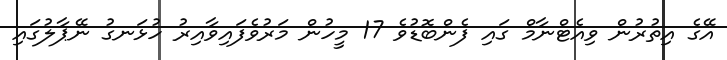
އޭގެ އިތުރުން ވިއެޓްނާމް ގައި ފެންބޮޑުވެ 17 މީހުން މަރުވެފައިވާއިރު ހުޅަނގު ނޭޕާލުގައި